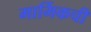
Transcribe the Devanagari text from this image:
मार्मिकची